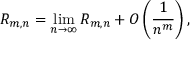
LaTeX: R _ { m , n } = \operatorname* { l i m } _ { n \to \infty } R _ { m , n } + O \left( { \frac { 1 } { n ^ { m } } } \right) ,